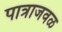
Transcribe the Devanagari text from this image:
पात्राजवळ